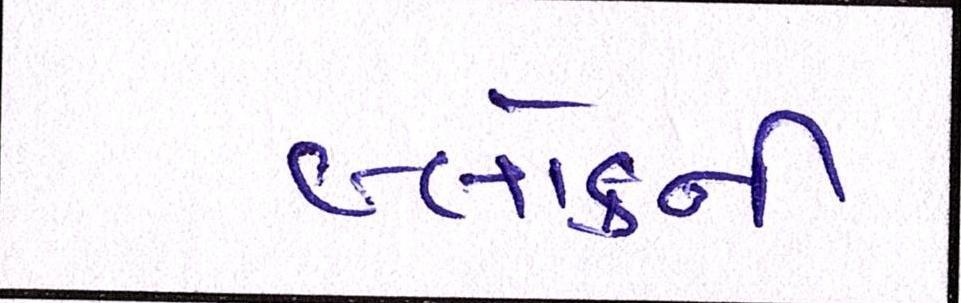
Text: બ્લોકની